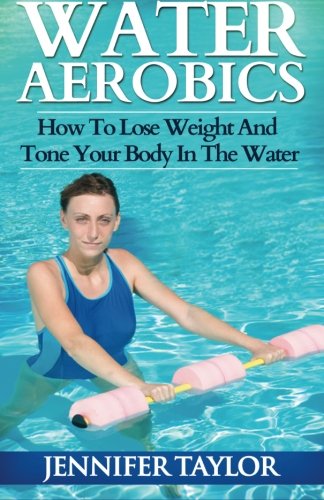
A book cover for Water Aerobics - How To Lose Weight And Tone Your Body In The Water; Jennifer Taylor; Health, Fitness & Dieting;